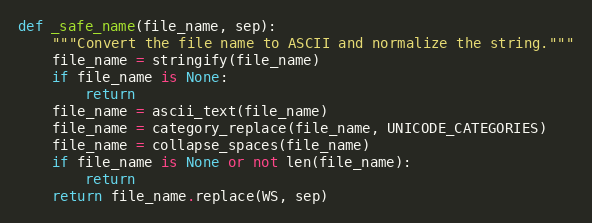
Language: Python
def _safe_name(file_name, sep):
    """Convert the file name to ASCII and normalize the string."""
    file_name = stringify(file_name)
    if file_name is None:
        return
    file_name = ascii_text(file_name)
    file_name = category_replace(file_name, UNICODE_CATEGORIES)
    file_name = collapse_spaces(file_name)
    if file_name is None or not len(file_name):
        return
    return file_name.replace(WS, sep)